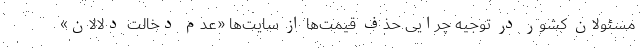
مسئولان کشور در توجیه چرایی حذف قیمت‌ها از سایت‌ها «عدم دخالت دلالان»